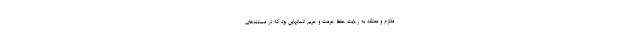
ملتزم و معتقد به رعایت حفظ حرمت و حریم انسانهایی بود که در مستندهای